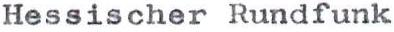
Hessischer Rundfunk